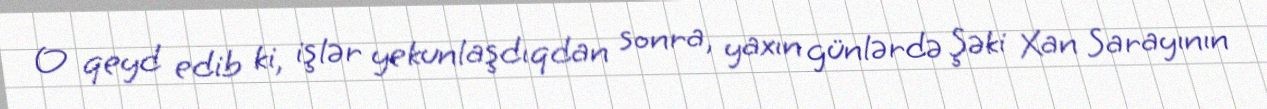
O qeyd edib ki, işlər yekunlaşdıqdan sonra, yaxın günlərdə Şəki Xan Sarayının